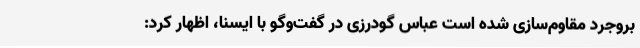
بروجرد مقاوم‌سازی شده است عباس گودرزی در گفت‌وگو با ایسنا، اظهار کرد: